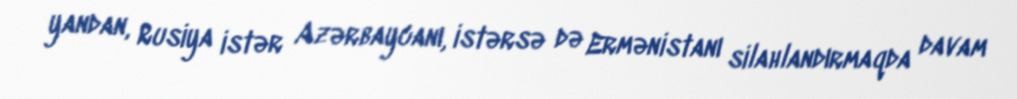
yandan, Rusiya istər Azərbaycanı, istərsə də Ermənistanı silahlandırmaqda davam